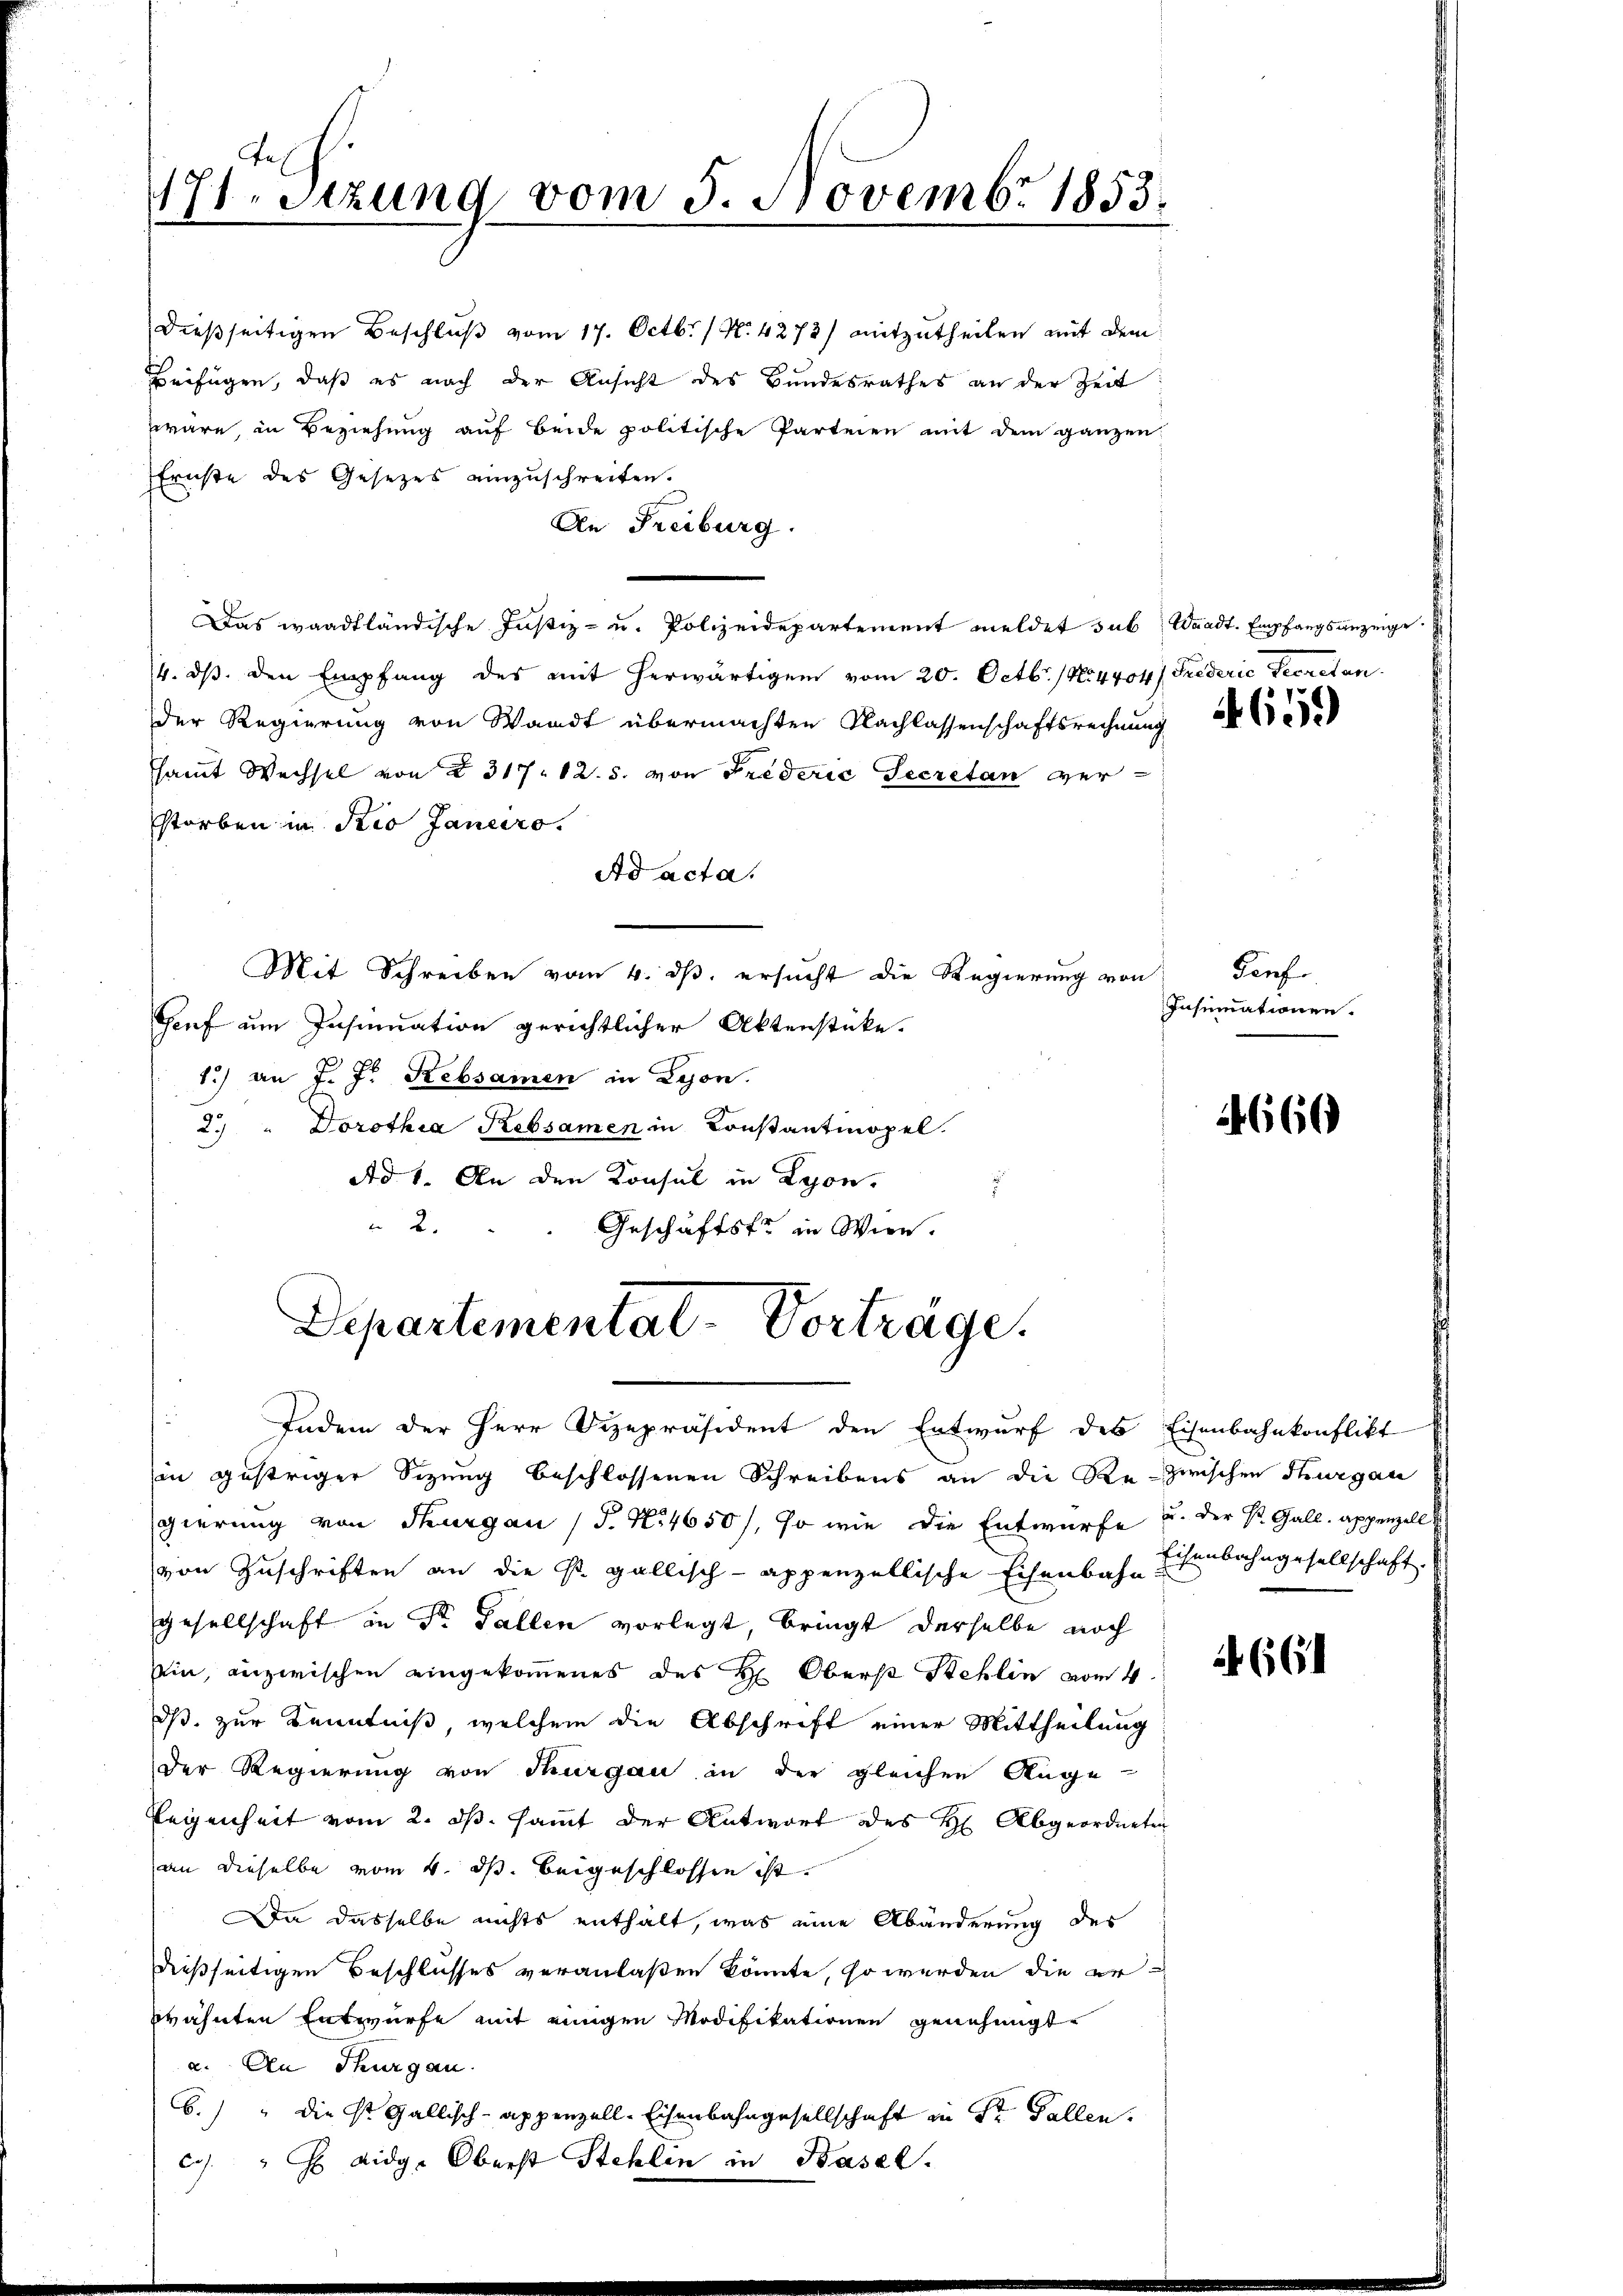
171. Sitzung vom 5. Novembr 1853.

dießseitigen Beschluß vom 17. Octbr. / N. 4272) mitzutheilen mit dem
Beifügen, daß es nach der Ansicht des Bundesrathes an der Zeit
wäre, in Beziehung auf Beide politische Parteien mit dem ganzen
Ernste des Gesetzes einzuschreiten.
An Freiburg.
Das waadtländische Justiz- u. Polizeidepartement meldet sub Waadt. Empfangsanzeige
/4. ds. den Empfang des mit herwärtigem vom 20. Octbr. / No 4404) Friederić Secretan.
der Regierung von Waadt übermachten Nachlassenschaftsrechnung
samt Wechsel von § 317. 12. 5. von Friderić Secretan ver-
storben in Rio Janeiro.
Ad acta.
Mit Schreiben vom 4. ds. ersucht die Regierung von
Genf um Insinuation gerichtlicher Aktenstücke.
1.) an J. J. Rebsamen in Lyon.
Dorothia Rebsamen in Constantmopel.
29
Ad 1. An den Konsul in Lyon,
s
2.
Geschäftste in Wien.

Departemental-Vorträge.

t
Indem der Herr Vizepräsident den Entwurf des Eisenbahnkonflikt
hin gestriger Sizung beschlossenen Schreibens an die Re- zwischen Thurgau
gierung von Thurgau (§. N. 4650/, so wie die Entwurfe u. der St. Galle appenzell
von Zuschriften an die st. gallisch-appenzellische Eisenbahn-
Gesellschaft in Dr. Fallen vorlegt, bringt derselbe noch
Ein, inzwischen eingekommenes des H: Oberst Stehlin vom 4.
dß zur Kenntniß, welchem die Abschrift einer Mittheilung
der Regierung von Thurgau in der gleichen Auge
Regenheit vom 2. ds. sammt der Antwort des H Abgeordneten
an dieselbe vom 4. ds. beigeschlossen ist.
Da dasselbe nichts enthält, was eine Abänderung des
dießseitigen Beschlusses veranlaßen könnte, so werden die erprähnten Entwurfe mit einigen Modifikationen genehmigt
a. An Thurgau.
6.) " die St. Gallisch-Appenzell-Eisenbahngesellschaft in der Fallen
c. "   eidg. Oberst Stehlen in Basel.

4659

Genf.
Insinuationen.

4660

Eisenbahngesellschaft.

661